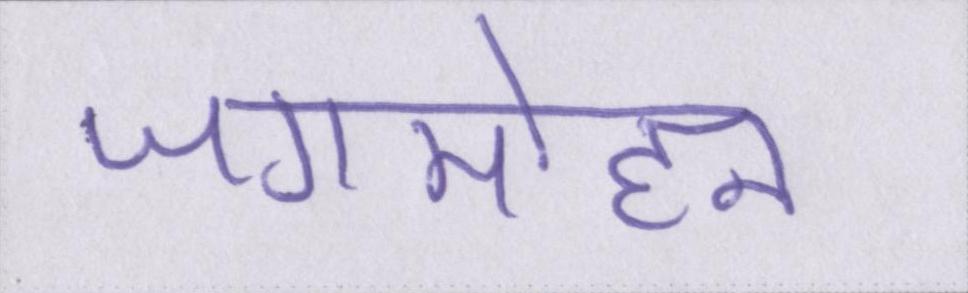
जगमोहन